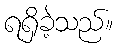
ရရှိခဲ့သည်။